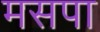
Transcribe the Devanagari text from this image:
मसपा